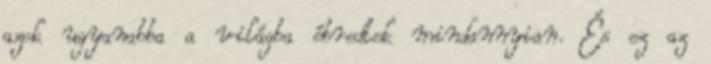
azok ugyanabba a világba ébredtek mindannyian. És ez az